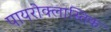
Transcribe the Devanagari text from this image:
पायरोक्लास्तिक